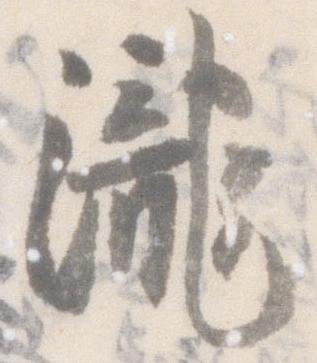
滝